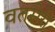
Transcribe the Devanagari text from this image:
वतसेरी